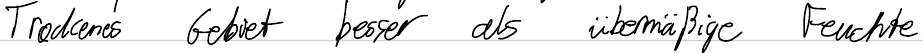
Trockenes Gebiet besser als übermäßige Feuchte